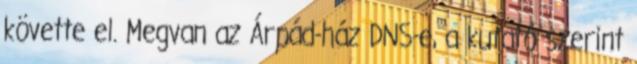
követte el. Megvan az Árpád-ház DNS-e, a kutató szerint